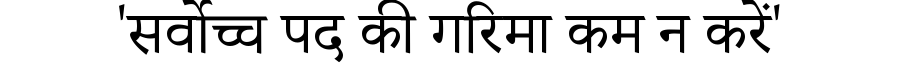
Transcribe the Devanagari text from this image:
'सर्वोच्च पद की गरिमा कम न करें'